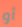
أو